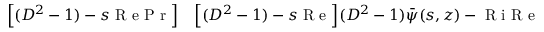
\begin{array} { r l } { \Big [ ( D ^ { 2 } - 1 ) - s \textrm { R e P r } \Big ] } & { { } \Big [ ( D ^ { 2 } - 1 ) - s \textrm { R e } \Big ] ( D ^ { 2 } - 1 ) \bar { \psi } ( s , z ) - \textrm { R i R e } ^ { 2 } \textrm { P r } \bar { \psi } ( s , z ) } \end{array}